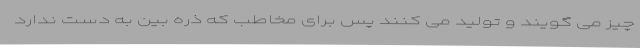
چیز می گویند و تولید می کنند پس برای مخاطب که ذره بین به دست ندارد